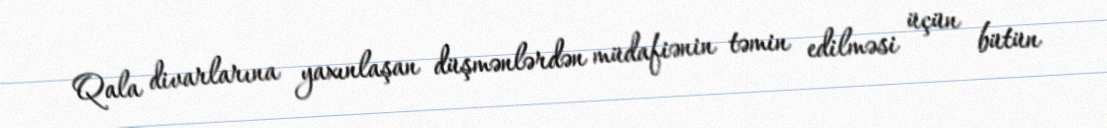
Qala divarlarına yaxınlaşan düşmənlərdən müdafiənin təmin edilməsi üçün bütün